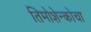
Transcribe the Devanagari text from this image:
तिमोशेन्कोचा